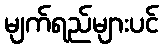
မျက်ရည်များပင်